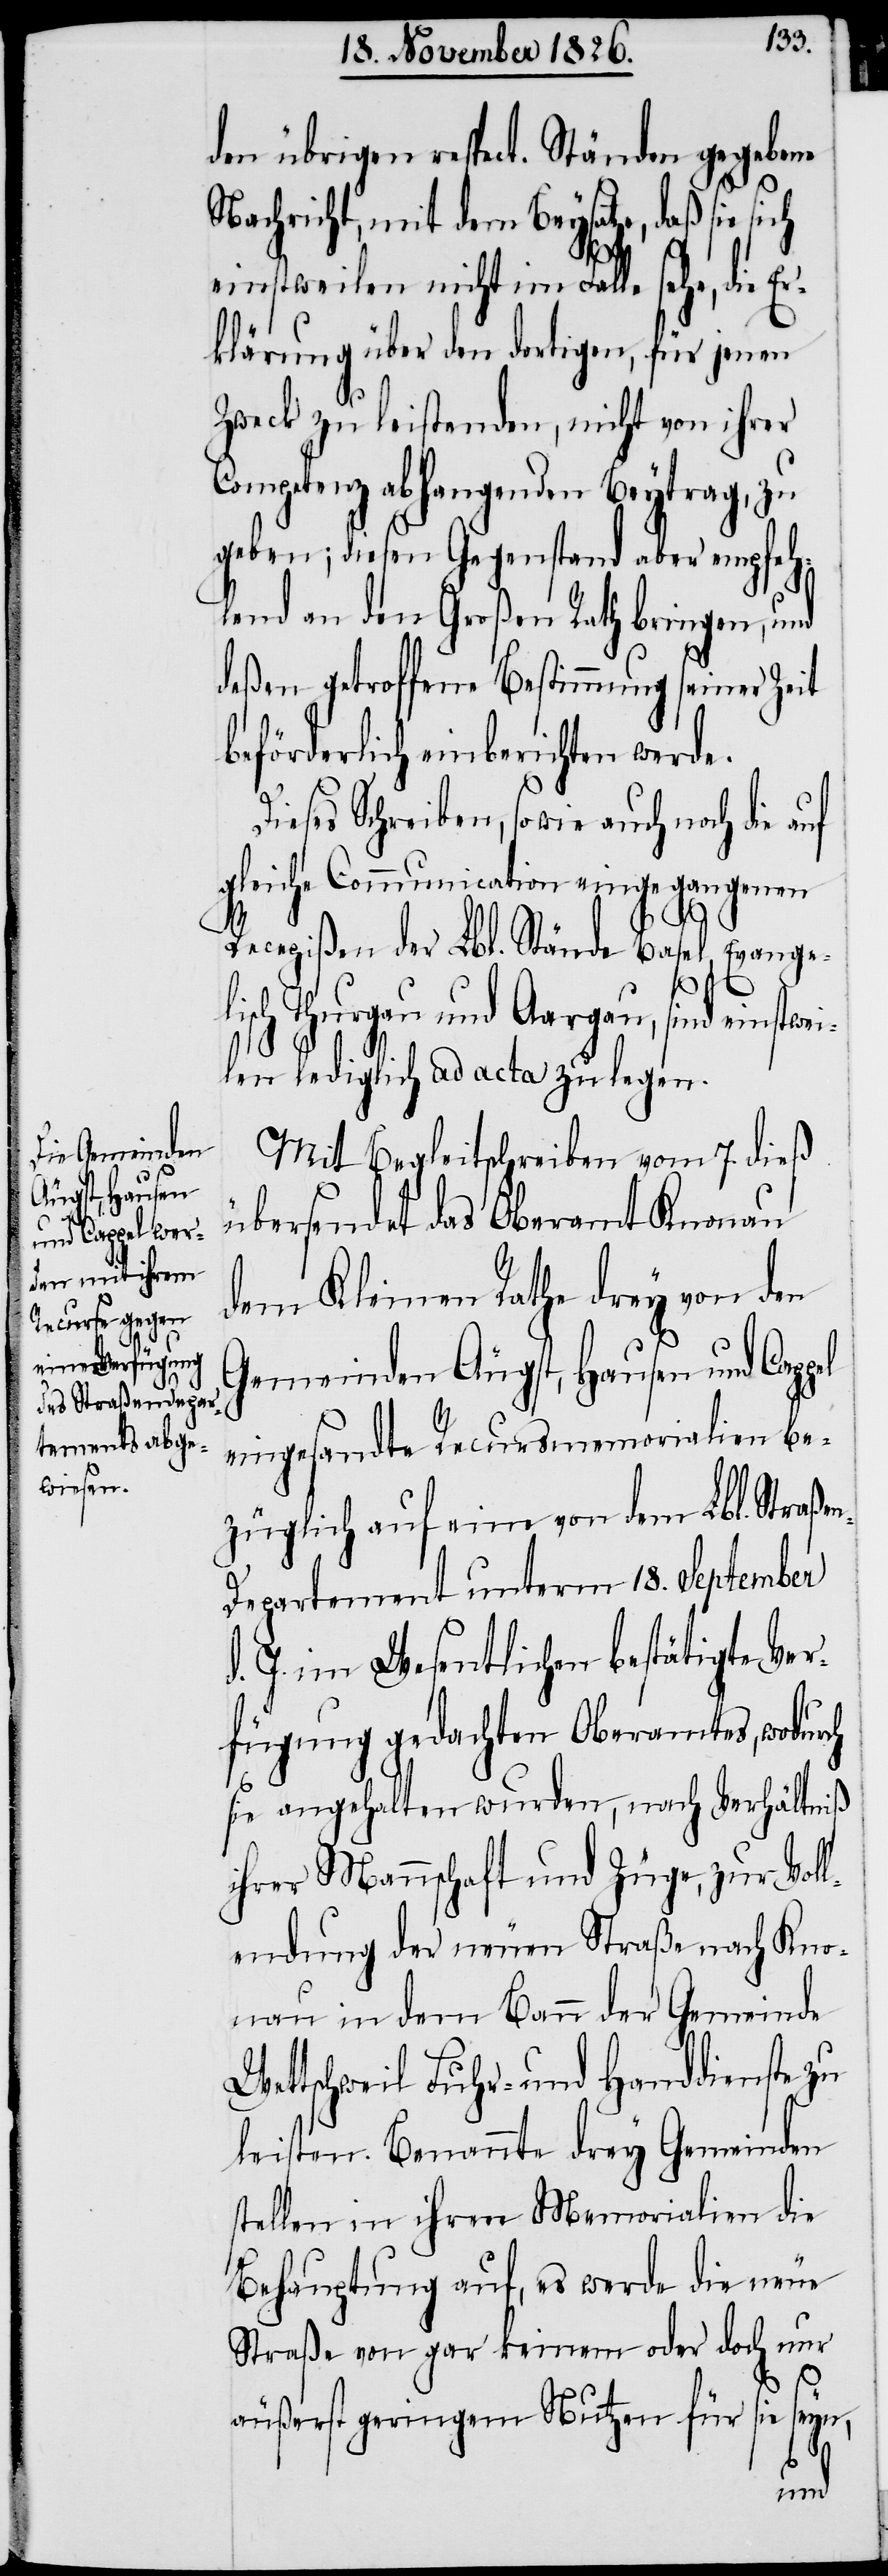
stwei¬

den übrigen respect. Ständen gegebene
Nachricht, mit dem Beysatze, daß sie
einstweilen nicht im Falle sehe, die E¬
rklärung über den dortigen, für jenen
Zweck zu leistenden, nicht von ihrer
Competenz abhangenden Beytrag, zu
geben; diesen Gegenstand aber empfeh¬
lend an den Großen Rath bringen, und
deßen getroffene Bestimmung seiner Zeit
beförderlich einberichten werde.
Dieses Schreiben, sowie auch noch die
gleiche Communication eingegangenen
Recepißen der Lbl. Stände Basel, Evange¬
lisch Thurgau und Aargau, sind ein¬
len lediglich ad acta zu legen.
Mit Begleitschreiben vom 7. dieß
übersendet das Oberamt Knonau
dem Kleinen Rathe drey von den
Gemeinden Äugst, Hausen und Cap¬
eingesandte Recursmemorialien be¬
züglich auf eine von dem Lbl. Straße¬
ndepartement unterm 18. September
d. J. im Wesentlichen bestätigte Ver¬
fügung gedachten Oberamtes, wodur¬
sie angehalten wurden, nach Verhältniß
ihrer Mannschaft und Züge, zur Vol¬
lendung der neuen Straße nach Kno¬
nau in dem Bann der Gemeinde
Wettschweil Fuhr- und Handdienste zu
leisten: Benannte drey Gemeinden
stellen in ihren Memorialien die
Behauptung auf, es werde die neue
Straße von gar keinem oder doch nur
äußerst geringem Nutzen für sie seyn,
ch